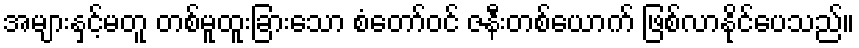
အများနှင့်မတူ တစ်မူထူးခြားသော စံတော်ဝင် ဇနီးတစ်ယောက် ဖြစ်လာနိုင်ပေသည်။